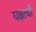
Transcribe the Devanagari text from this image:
यक्षाची